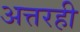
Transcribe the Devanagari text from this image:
अत्तरही